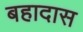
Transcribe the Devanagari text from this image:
बहादास